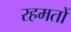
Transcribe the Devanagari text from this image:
रहमतों